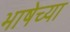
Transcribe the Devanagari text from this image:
भाषेच्‍या